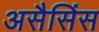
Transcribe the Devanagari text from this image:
असैसिंस